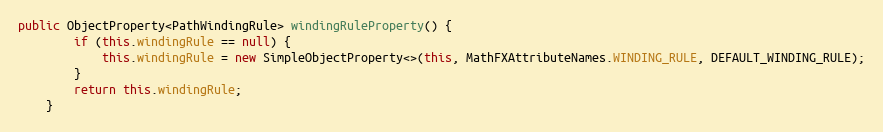
Language: Java
public ObjectProperty<PathWindingRule> windingRuleProperty() {
		if (this.windingRule == null) {
			this.windingRule = new SimpleObjectProperty<>(this, MathFXAttributeNames.WINDING_RULE, DEFAULT_WINDING_RULE);
		}
		return this.windingRule;
	}